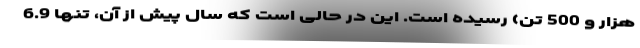
هزار و 500 تن) رسیده است. این در حالی است که سال پیش از آن، تنها 6.9